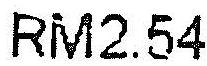
RM2.54